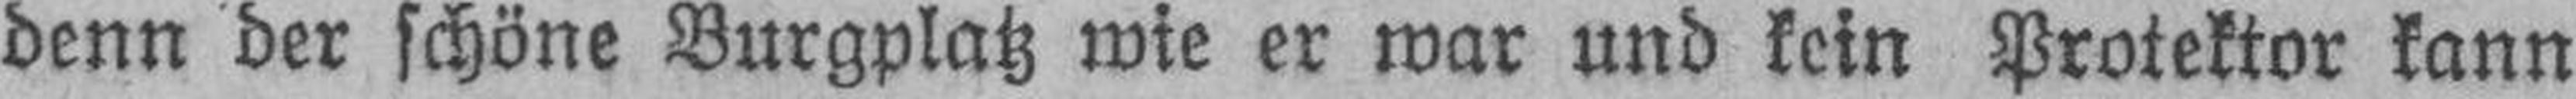
denn der schöne Burgplatz wie er war und kein Protektor kann